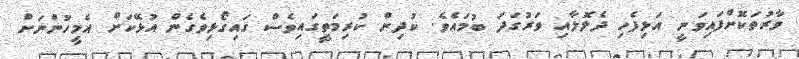
ވާރުތަކޮށްފައިވަނީ އަޅިފެހި ދެލޮލާއި ވަރުގަދަ ބުމައެވެ. ކުދިން ކުރިމަތީގައިވެސް ގައިގޯޅިވެގެން އުޅޭކަށް އެމީހުންނަށް